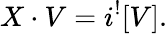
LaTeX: X\cdot V=i^{!}[V].